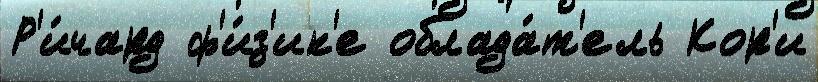
Р'и́чард ф'и́з'ик'е облада́т'ель Кор'и